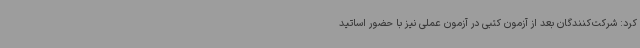
کرد: شرکت‌کنندگان بعد از آزمون کتبی در آزمون عملی نیز با حضور اساتید